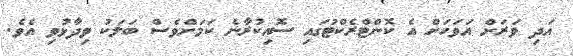
އަދި ވަރަށް އަވަހަށް އެ ކޮންޓްރެކްޓުގައި ސޮއިކުރާނެ ކަމަށްވެސް ބަލަކު ވިދާޅުވި އެވެ.